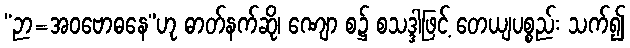
“ဉာ=အဝဗောဓနေ”ဟု ဓာတ်နက်ဆို၊ ဏျော စ၌ စသဒ္ဒါဖြင့် တေယျပစ္စည်း သက်၍